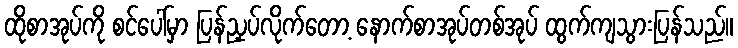
ထိုစာအုပ်ကို စင်ပေါ်မှာ ပြန်ညှပ်လိုက်တော့ နောက်စာအုပ်တစ်အုပ် ထွက်ကျသွားပြန်သည်။